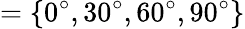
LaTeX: =\{ 0^{\circ},30^{\circ},60^{\circ},90^{\circ}\}